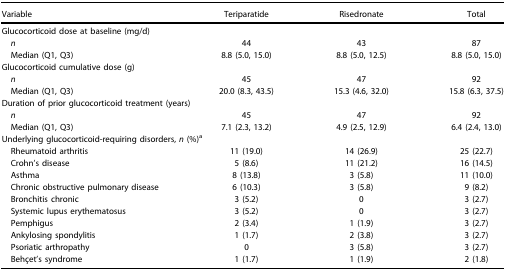
| Variable | Teriparatide | Risedronate | Total |
 | --- | --- | --- | --- |
 | <COLSPAN=4> Glucocorticoid dose at baseline (mg/d) |
 | n | 44 | 43 | 87 |
 | Median (Q1, Q3) | 8.8 (5.0, 15.0) | 8.8 (5.0, 12.5) | 8.8 (5.0, 15.0) |
 | <COLSPAN=4> Glucocorticoid cumulative dose (g) |
 | n | 45 | 47 | 92 |
 | Median (Q1, Q3) | 20.0 (8.3, 43.5) | 15.3 (4.6, 32.0) | 15.8 (6.3, 37.5) |
 | <COLSPAN=4> Duration of prior glucocorticoid treatment (years) |
 | n | 45 | 47 | 92 |
 | Median (Q1, Q3) | 7.1 (2.3, 13.2) | 4.9 (2.5, 12.9) | 6.4 (2.4, 13.0) |
 | <COLSPAN=4> Underlying glucocorticoid-requiring disorders, n (%)2 |
 | Rheumatoid arthritis | 11 (19.0) | 14 (26.9) | 25 (22.7) |
 | Crohn's disease | 5 (8.6) | 11 (21.2) | 16 (14.5) |
 | Asthma | 8 (13.8) | 3 (5.8) | 11 (10.0) |
 | Chronic obstructive pulmonary disease | 6 (10.3) | 3 (5.8) | 9 (8.2) |
 | Bronchitis chronic | 3 (5.2) | 0 | 3 (2.7) |
 | Systemic lupus erythematosus | 3 (5.2) | 0 | 3 (2.7) |
 | Pemphigus | 2 (3.4) | 1 (1.9) | 3 (2.7) |
 | Ankylosing spondylitis | 1 (1.7) | 2 (3.8) | 3 (2.7) |
 | Psoriatic arthropathy | 0 | 3 (5.8) | 3 (2.7) |
 | Behçet's syndrome | 1 (1.7) | 1 (1.9) | 2 (1.8) |